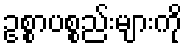
ဥစ္စာပစ္စည်းများကို